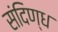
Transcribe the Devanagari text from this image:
संदिण्ध